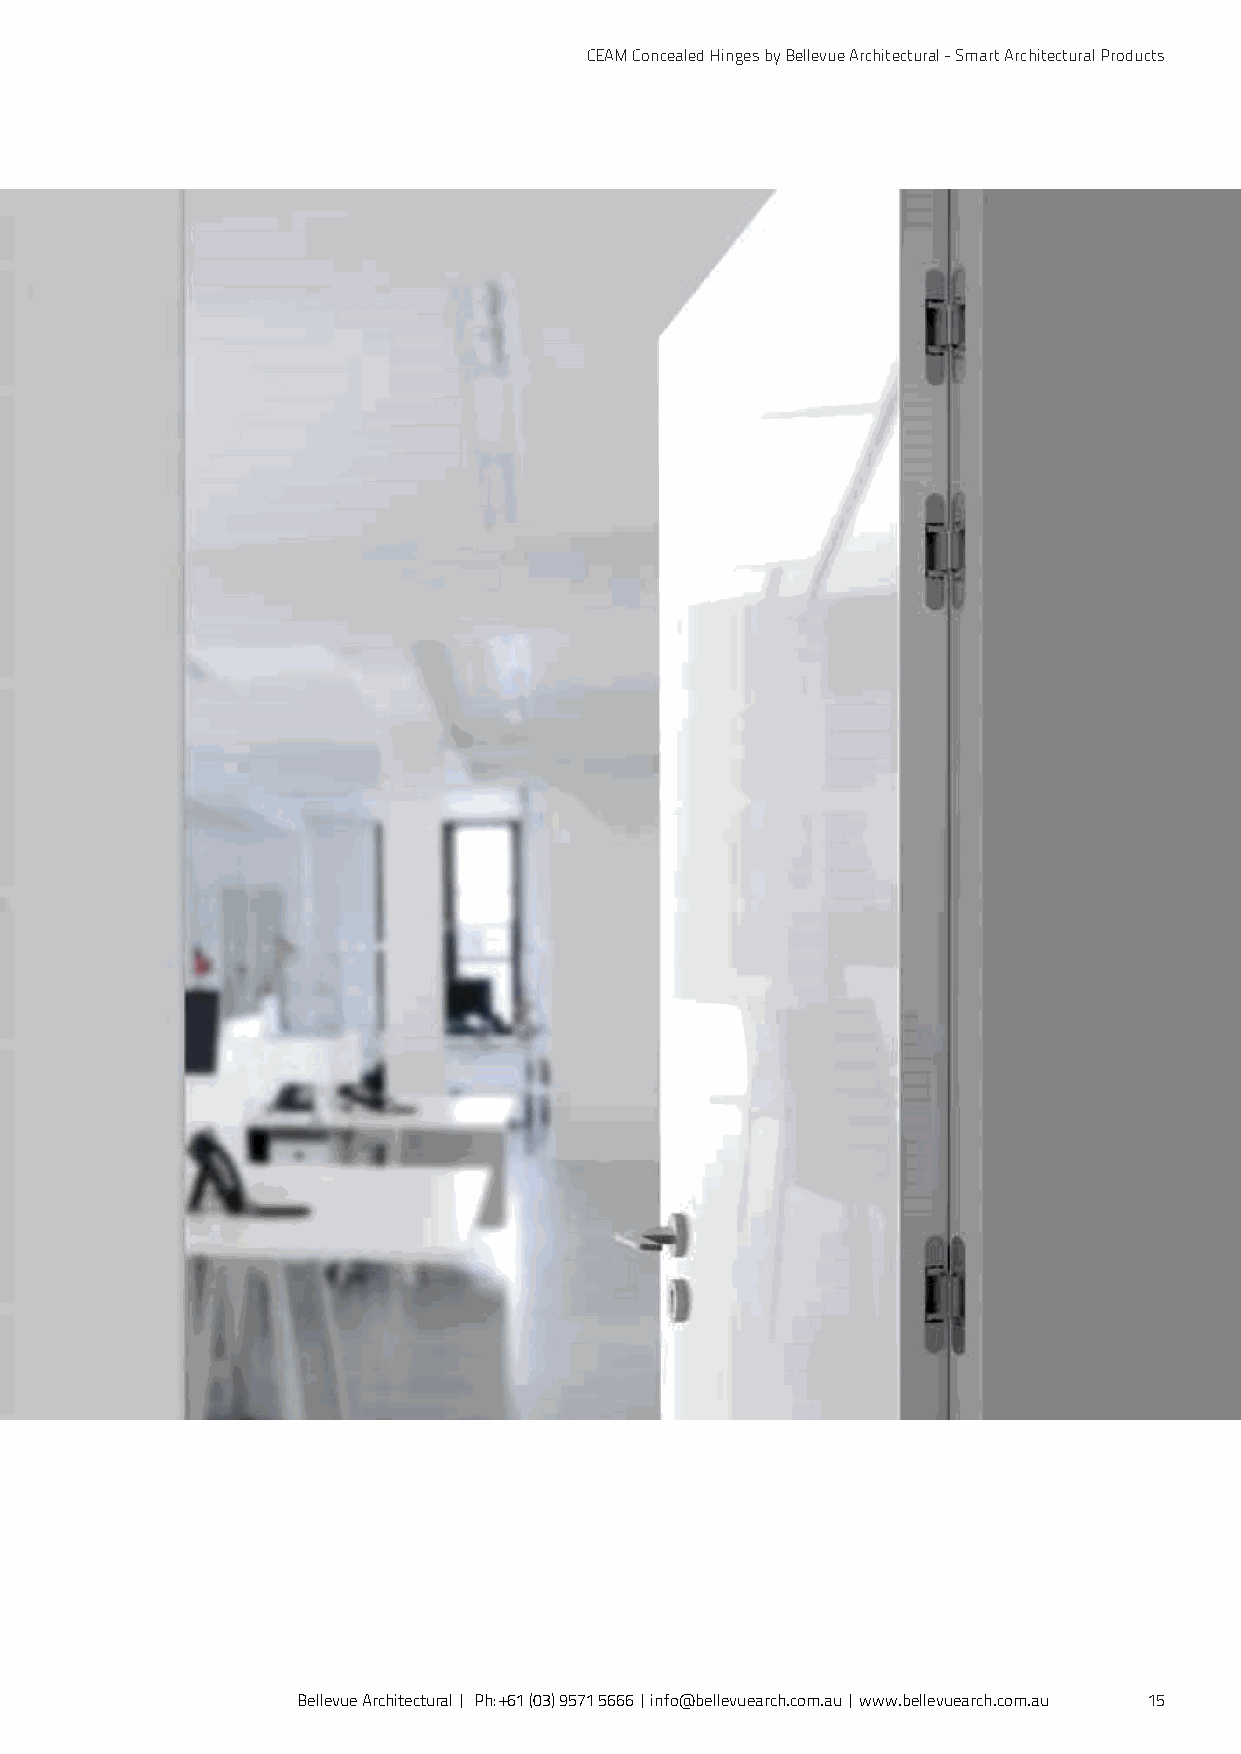
CEAM Concealed Hinges by Bellevue Architectural - Smart Architectural Products
 Bellevue Architectural | Ph: +61 (03) 9571 5666 | info@bellevuearch.com.au | www.bellevuearch.com.au 15